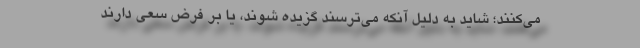
می‌کنند؛ شاید به دلیل آنکه می‌ترسند گزیده شوند، یا بر فرض سعی دارند